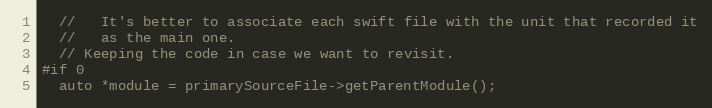
Language: C++
  //   It's better to associate each swift file with the unit that recorded it
  //   as the main one.
  // Keeping the code in case we want to revisit.
#if 0
  auto *module = primarySourceFile->getParentModule();